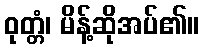
ဝုတ္တံ၊ မိန့်ဆိုအပ်၏။